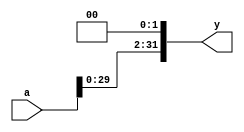
`timescale 1ns / 1ps
//////////////////////////////////////////////////////////////////////////////////
// Company: 
// Engineer: 
// 
// Design Name: 
// Module Name: sl2
// Project Name: 
// Target Devices: 
// Tool Versions: 
// Description: 
// 
// Dependencies: 
// 
// Revision:
// Revision 0.01 - File Created
// Additional Comments:
// 
//////////////////////////////////////////////////////////////////////////////////


module sl2(input [31:0] a,output [31:0] y);

    //shift left by 2
    assign y={a[29:0],2'b00};
endmodule